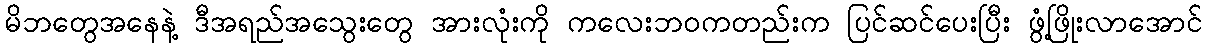
မိဘတွေအနေနဲ့ ဒီအရည်အသွေးတွေ အားလုံးကို ကလေးဘဝကတည်းက ပြင်ဆင်ပေးပြီး ဖွံ့ဖြိုးလာအောင်